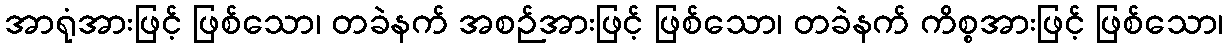
အာရုံအားဖြင့် ဖြစ်သော၊ တခဲနက် အစဉ်အားဖြင့် ဖြစ်သော၊ တခဲနက် ကိစ္စအားဖြင့် ဖြစ်သော၊